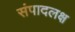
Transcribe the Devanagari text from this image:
संपादलक्ष